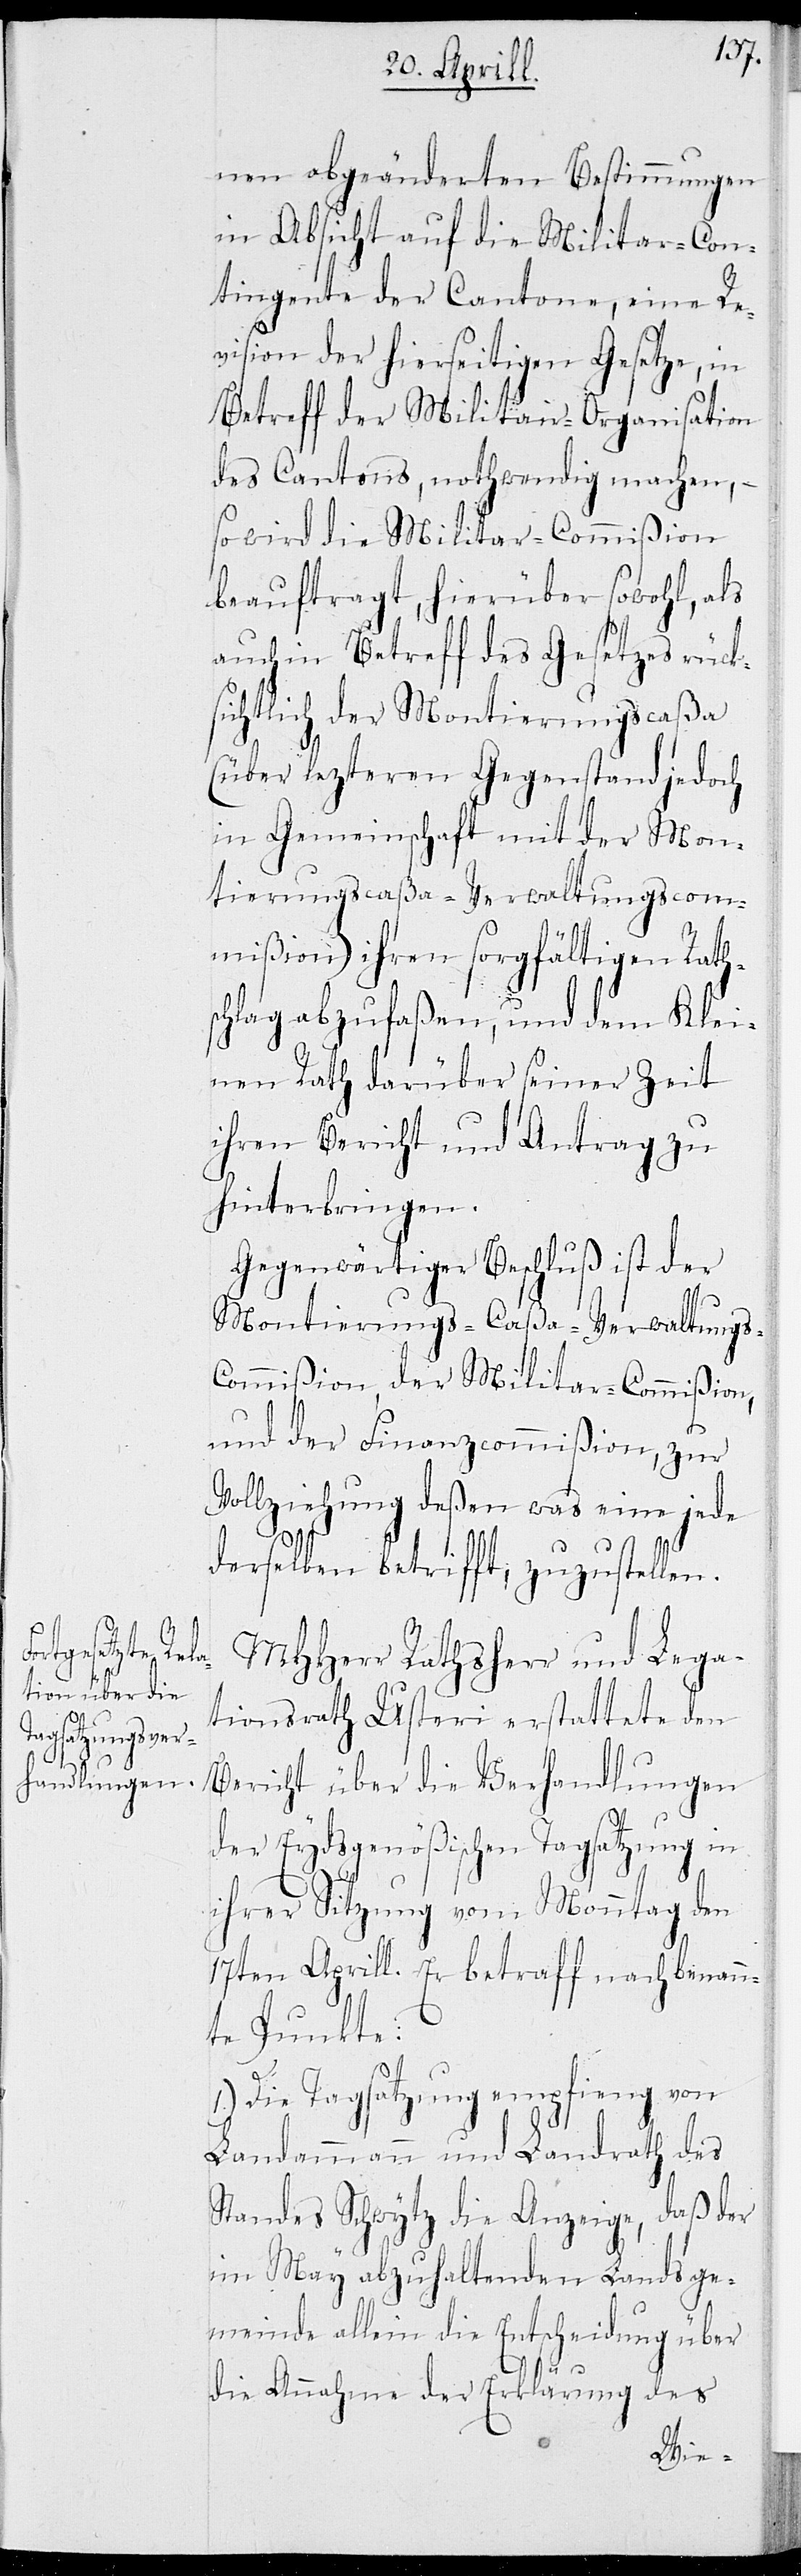
nen abgeänderten Bestimmungen
in Absicht auf die Militar-Con¬
tingente der Cantone, eine Re¬
vision der hießigen Gesetze, in
Betreff der Militar-Organisation
des Cantons, nothwendig machen, –
so wird die Militar-Commißion
beauftragt, hierüber sowohl, als
auch in Betreff des Gesetztes rück¬
sichtlich der Montierungscaßa
(über lezteren Gegenstand jedoch
in Gemeinschaft mit der Mon¬
tierungscaßa-Verwaltungscom¬
mißion) ihren sorgfältigen Rath¬
schlag abzufaßen, und dem Klei¬
nen Rath darüber seiner Zeit
ihren Bericht und Antrag zu
hinterbringen.
Gegenwärtiger Beschluß ist der
Montierungs-Caßa-Verwaltungs-C¬
ommißion, der Militar-Commißion,
und der Finanzcommißion, zu
Vollziehung deßen, was eine jede
derselben betrifft, zuzustellen.
MHHerr Rathsherr und Lega¬
tionsrath Usteri erstattete den
Bericht über die Verhandlungen
der Eydsgenößischen Tagsatzung in
ihrer Sitzung vom Monntag den
17ten Aprill. Er betraff nachbenann¬
te Punkte:
1.) Die Tagsatzung empfieng von
Landammann und Landrath des
Standes Schwytz die Anzeige, daß der
im März abzuhaltenden Landsge¬
meinde allein die Entscheidung über
die Annahme der Erklärung des
Wie-